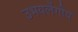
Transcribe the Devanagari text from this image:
उभयलैंगीय